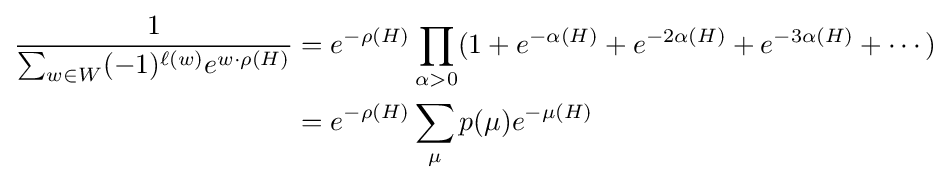
{\begin{aligned}{\frac {1}{\sum _{w\in W}(-1)^{\ell (w)}e^{w\cdot \rho (H)}}}&{}=e^{-\rho (H)}\prod _{\alpha >0}(1+e^{-\alpha (H)}+e^{-2\alpha (H)}+e^{-3\alpha (H)}+\cdots )\\&{}=e^{-\rho (H)}\sum _{\mu }p(\mu )e^{-\mu (H)}\end{aligned}}